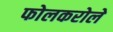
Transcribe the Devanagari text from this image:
फोलकरोले